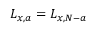
L _ { x , a } = L _ { x , N - a }